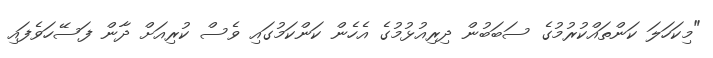
"މިކަހަލަ ކަންތައްކުރުމުގެ ސަބަބުން ދިރިއުޅުމުގެ އެހެން ކަންކަމުގައި ވެސް ކުރިއަށް ދާން ފަސޭހަވެފައި